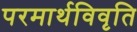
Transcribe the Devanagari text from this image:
परमार्थविवृति